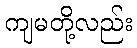
ကျမတို့လည်း